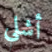
أشلي